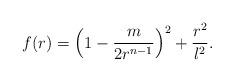
LaTeX: \begin{align*}f(r)= \left( 1-\frac{m}{2r^{n-1}}\right)^2 +\frac{r^2}{l^2}.\end{align*}